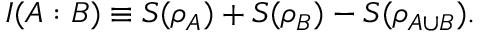
I ( A : B ) \equiv S ( \rho _ { A } ) + S ( \rho _ { B } ) - S ( \rho _ { A \cup B } ) .